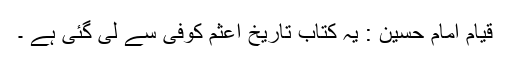
قیام امام حسین : یہ کتاب تاریخ اعثم کوفی سے لی گئی ہے ۔